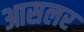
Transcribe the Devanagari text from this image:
आसलर